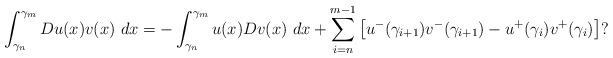
\begin{align*}\int_{\gamma _{n}}^{\gamma _{m}}Du(x)v(x)\ dx=-\int_{\gamma _{n}}^{\gamma_{m}}u(x)Dv(x)\ dx+\sum_{i=n}^{m-1}\left[ u^{-}(\gamma _{i+1})v^{-}(\gamma_{i+1})-u^{+}(\gamma _{i})v^{+}(\gamma _{i})\right] ? \end{align*}